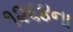
૧૨૬૪ના